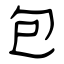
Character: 包